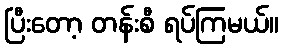
ပြီးတော့ တန်းစီ ရပ်ကြမယ်။